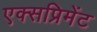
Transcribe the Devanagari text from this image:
एक्सप्रिमेंट